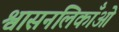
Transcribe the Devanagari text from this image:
श्वासनलिकाँओं